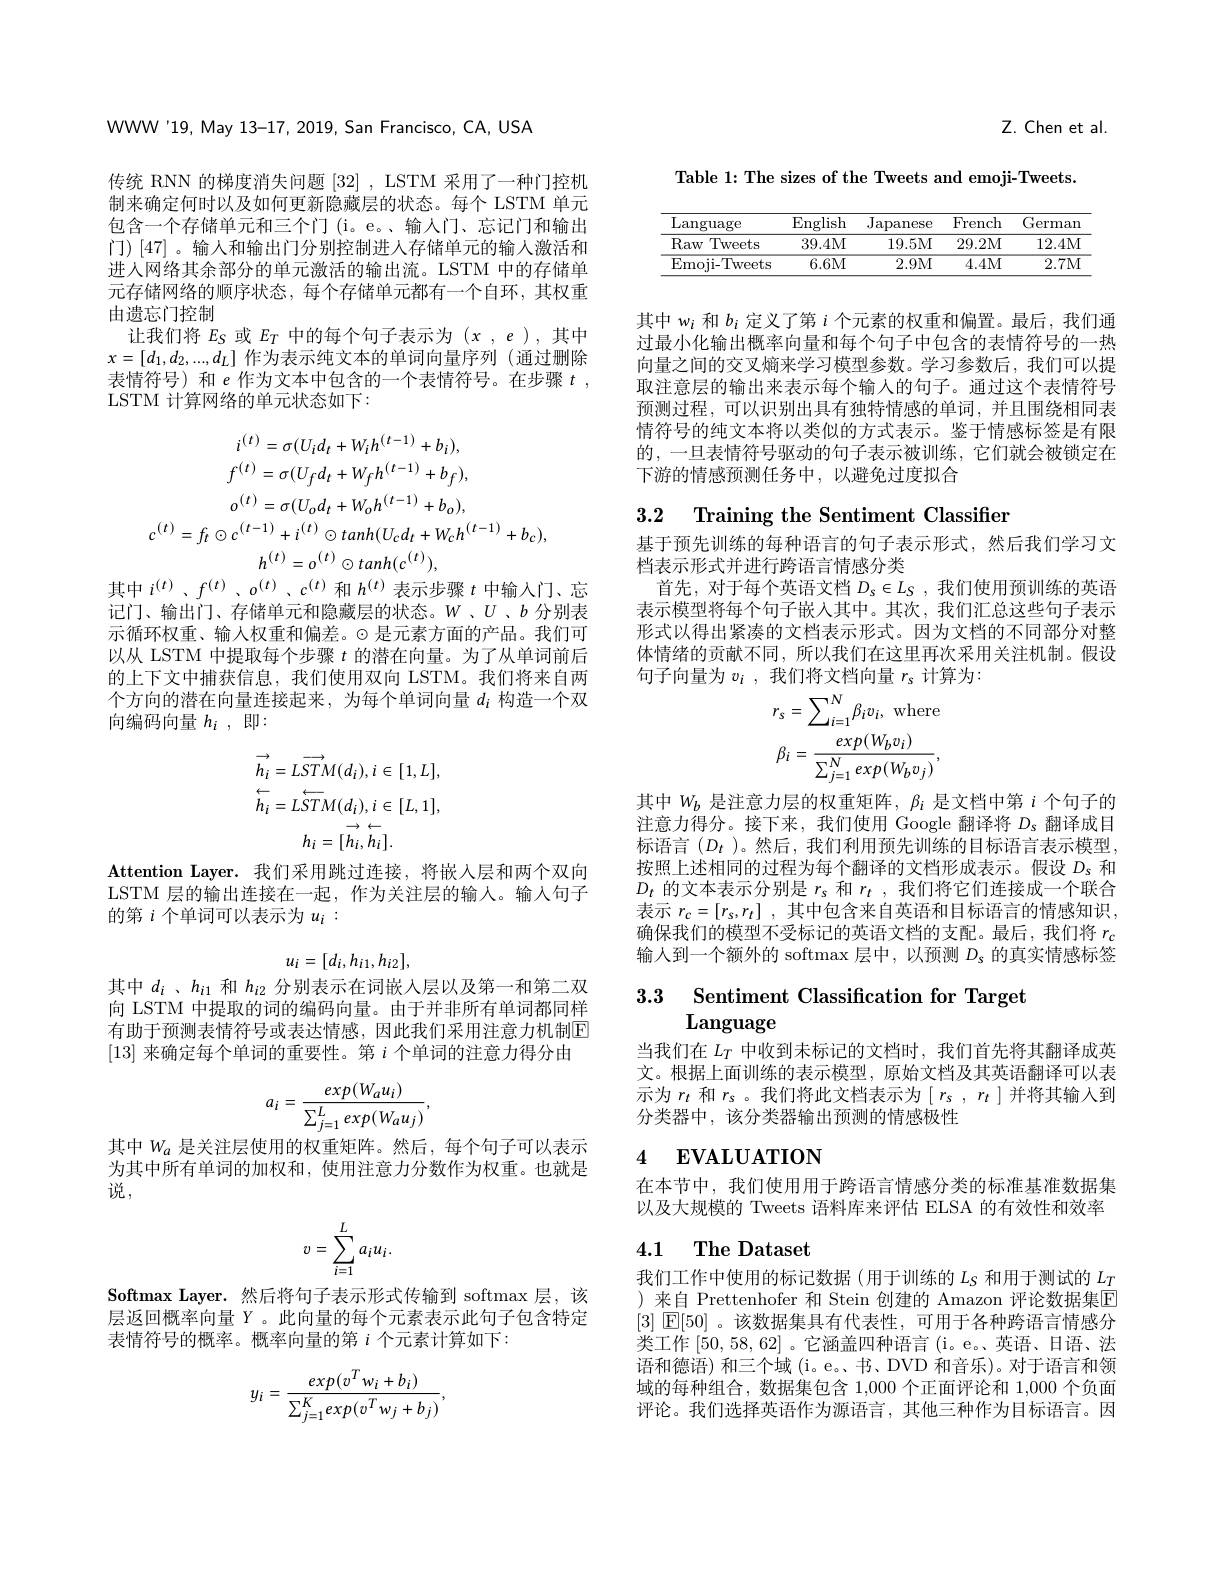
WWW'19, May 13-17, 2019, San Francisco, CA, USA

传统 RNN 的梯度消失问题[32] ,LSTM 采用了一种门控机制来确定何时以及如何更新隐藏层的状态。每个 LSTM 单元包含一个存储单元和三个门 (i。e。、输入门、忘记门和输出门)[47]。输人和输出门分别控制进入存储单元的输人激活和进人网络其余部分的单元激活的输出流。LSTM 中的存储单元存储网络的顺序状态，每个存储单元都有一个自环，其权重由遗忘门控制
让我们将$E_S$或$E_T$中的每个句子表示为$(x,e)$,其中$x=[d_1,d_2,...,d_L]$作为表示纯文本的单词向量序列 (通过删除表情符号) 和$e$作为文本中包含的一个表情符号。在步骤$t$, LSTM 计算网络的单元状态如下：
$$i^{(t)}=\sigma(U_{i}d_{t}+W_{i}h^{(t-1)}+b_{i}),\\f^{(t)}=\sigma(U_{f}d_{t}+W_{f}h^{(t-1)}+b_{f}),\\o^{(t)}=\sigma(U_{o}d_{t}+W_{o}h^{(t-1)}+b_{o}),\\c^{(t)}=f_{t}\odot c^{(t-1)}+i^{(t)}\odot tanh(U_{c}d_{t}+W_{c}h^{(t-1)}+b_{c}),\\h^{(t)}=o^{(t)}\odot tanh(c^{(t)}),$$
其中$i^{(t)}$、$f^{(t)}$、$o^{(t)}$、$c^{(t)}$和$h^{(t)}$表示步骤$t$中输入门、忘

记门、输出门、存储单元和隐藏层的状态。$W$ 、$U$ 、$b$分别表示循环权重、输人权重和偏差。$\odot$是元素方面的产品。我们可以从 LSTM 中提取每个步骤$t$的潜在向量。为了从单词前后的上下文中捕获信息，我们使用双向 LSTM。我们将来自两个方向的潜在向量连接起来，为每个单词向量$d_i$构造一个双向编码向量 $h_i$,即：
$$\overrightarrow{h_{i}}=L\overrightarrow{STM}(d_{i}),i\in[1,L],\\\stackrel{\leftarrow}{h_{i}}=L\stackrel{\leftarrow}{ST}M(d_{i}),i\in[L,1],\\h_{i}=[h_{i},h_{i}].$$
$\textbf{Attention Layer. 我 们 采 用 跳 过 连 接 , 将 嵌 入 层 和 两 个 双 向 }$ LSTM 层的输出连接在一起，作为关注层的输人。输入句子的第$i$个单词可以表示为$u_i:$
$$u_i=[d_i,h_{i1},h_{i2}],$$
其中$d_i$ 、$h_{i1}$和$h_{i2}$分别表示在词嵌人层以及第一和第二双向 LSTM 中提取的词的编码向量。由于并非所有单词都同样有助于预测表情符号或表达情感，因此我们采用注意力机制$\overline{\mathrm{E}}$ [13]来确定每个单词的重要性。第$i$个单词的注意力得分由
$$a_i=\frac{exp(W_au_i)}{\sum_{j=1}^Lexp(W_au_j)},$$
其中$W_a$是关注层使用的权重矩阵。然后，每个句子可以表示为其中所有单词的加权和，使用注意力分数作为权重。也就是说，
$$v=\sum_{i=1}^La_iu_i.$$
$\textbf{Softmax Layer. 然 后 将 句 子 表 示 形 式 传 输 到 softmax 层 , 该 }$ 层返回概率向量 Y 。此向量的每个元素表示此句子包含特定表情符号的概率。概率向量的第$i$个元素计算如下：
$$y_i=\frac{exp(v^Tw_i+b_i)}{\sum_{j=1}^Kexp(v^Tw_j+b_j)},$$
Z. Chen et al.

Table 1: The sizes of the Tweets and emoji-Tweets.

<table>
	<tbody>
		<tr>
			<th>Language</th>
			<th>$\operatorname{English}$</th>
			<th>${\mathrm{Japanese}}$</th>
			<th>French</th>
			<th>German</th>
		</tr>
		<tr>
			<td>Raw Tweets</td>
			<td>39.4M</td>
			<td>19.5M</td>
			<td>29.2M</td>
			<td>12.4M</td>
		</tr>
		<tr>
			<td>Emoji- Tweets</td>
			<td>6.6M</td>
			<td>2.9M</td>
			<td>4.4M</td>
			<td>2.7M</td>
		</tr>
	</tbody>
</table>

其中$w_i$和$b_i$定义了第$i$个元素的权重和偏置。最后，我们通过最小化输出概率向量和每个句子中包含的表情符号的一热向量之间的交叉熵来学习模型参数。学习参数后，我们可以提取注意层的输出来表示每个输人的句子。通过这个表情符号预测过程，可以识别出具有独特情感的单词，并且围绕相同表情符号的纯文本将以类似的方式表示。鉴于情感标签是有限的，一旦表情符号驱动的句子表示被训练，它们就会被锁定在下游的情感预测任务中，以避免过度拟合

3.2 Training the Sentiment Classifier

基于预先训练的每种语言的句子表示形式，然后我们学习文
档表示形式并进行跨语言情感分类
首先，对于每个英语文档$D_s\in L_S$,我们使用预训练的英语表示模型将每个句子嵌入其中。其次，我们汇总这些句子表示形式以得出紧凑的文档表示形式。因为文档的不同部分对整体情绪的贡献不同，所以我们在这里再次采用关注机制。假设句子向量为$v_i$ ,我们将文档向量$r_s$计算为2
$$r_{s}=\sum_{i=1}^{N}\beta_{i}v_{i},\mathrm{~where}\\\beta_{i}=\frac{exp(W_{b}v_{i})}{\sum_{j=1}^{N}exp(W_{b}v_{j})},$$
其中$W_b$是注意力层的权重矩阵，$\beta_i$是文档中第$i$个句子的注意力得分。接下来，我们使用 Google 翻译将$D_s$翻译成目标语言($D_t$ )。然后，我们利用预先训练的目标语言表示模型， 按照上述相同的过程为每个翻译的文档形成表示。假设$D_{s}$和$D_t$的文本表示分别是$r_s$和$r_t$,我们将它们连接成一个联合表示$r_c= [ r_s, r_t]$ ,其中包含来自英语和目标语言的情感知识， 确保我们的模型不受标记的英语文档的支配。最后，我们将$r_\mathrm{c}$ 输人到一个额外的 softmax 层中，以预测$D_\mathrm{s}$的真实情感标签

3.3 Sentiment Classification for Target

Language
当我们在$L_T$中收到未标记的文档时，我们首先将其翻译成英文。根据上面训练的表示模型，原始文档及其英语翻译可以表示为$r_t$和$r_s$。我们将此文档表示为$[r_s,r_t]$并将其输入到分类器中，该分类器输出预测的情感极性

### 4 $\textbf{EVALUATION}$

在本节中，我们使用用于跨语言情感分类的标准基准数据集以及大规模的 Tweets 语料库来评估 ELSA 的有效性和效率

## 4.1 $\textbf{The Dataset}$

我们工作中使用的标记数据(用于训练的$L_S$和用于测试的$L_T$ )来自 Prettenhofer 和 Stein 创建的 Amazon 评论数据集$\overline{\mathrm{E}}$ [3] $\mathbb{E}[50]$ 。该数据集具有代表性，可用于各种跨语言情感分类工作[50,58,62] 。它涵盖四种语言(i。e。英语、日语、法语和德语) 和三个域 (i。e。、书、DVD 和音乐)。对于语言和领域的每种组合，数据集包含 1,000 个正面评论和 1,000 个负面评论。我们选择英语作为源语言，其他三种作为目标语言。因